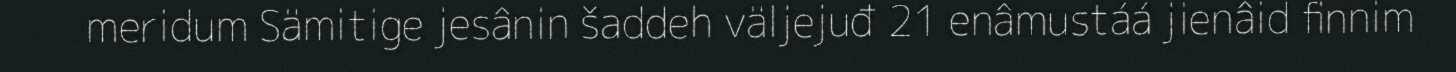
meridum Sämitige jesânin šaddeh väljejuđ 21 enâmustáá jienâid finnim